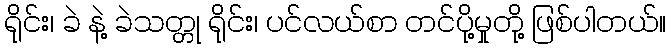
ရိုင်း၊ ခဲ နဲ့ ခဲသတ္တု ရိုင်း၊ ပင်လယ်စာ တင်ပို့မှုတို့ ဖြစ်ပါတယ်။